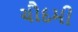
ચૌદમી